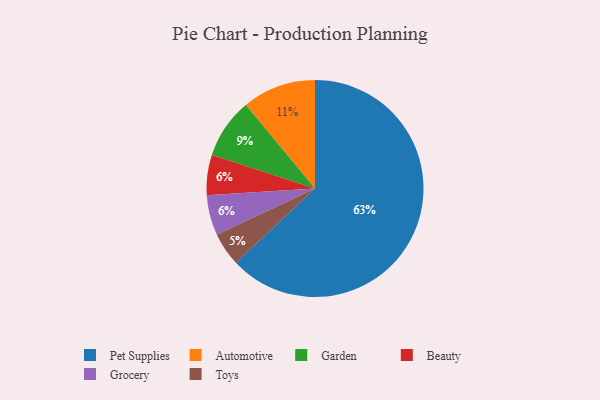
{"axis": {"x": "Category", "y": "Percentage"}, "legend": ["Automotive", "Beauty", "Garden", "Grocery", "Pet Supplies", "Toys"], "data": [{"x": "Toys", "y": 5, "type": "Toys"}, {"x": "Automotive", "y": 11, "type": "Automotive"}, {"x": "Garden", "y": 9, "type": "Garden"}, {"x": "Beauty", "y": 6, "type": "Beauty"}, {"x": "Grocery", "y": 6, "type": "Grocery"}, {"x": "Pet Supplies", "y": 63, "type": "Pet Supplies"}]}